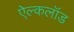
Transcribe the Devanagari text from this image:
ऐल्कलॉड